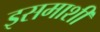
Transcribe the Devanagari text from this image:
इसमाशी